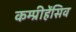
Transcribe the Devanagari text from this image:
कम्प्रीहेंसिव